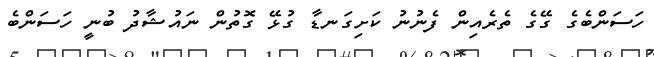
ހަސަންބެގެ ގޭގެ ތެރެއިން ފެނުނު ކަށިގަނޑާ ގުޅޭ ގޮތުން ނައުޝާދު ބުނީ ހަސަންބެ